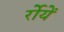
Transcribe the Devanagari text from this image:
र्रोयें